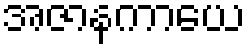
အဇာနကာယေ